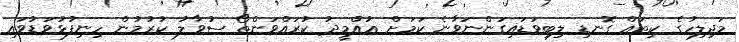
މަޖިލިހުގެ ކިތައް ގޮނޑި ލިބިވަޑައިގަންނަވާނެ ކަމަށް އުއްމީދު ކުރައްވަންތޯ ސުވާލު ކުރުމުން ހިނިފުޅުވަޑުވައި